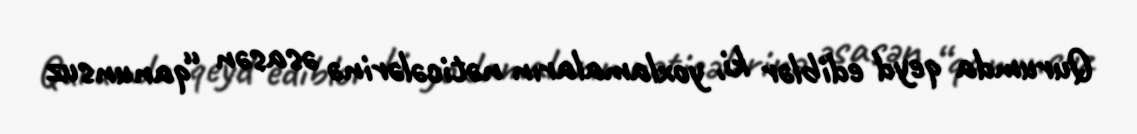
Qurumda qeyd ediblər ki, yoxlamaların nəticələrinə əsasən “qanunsuz